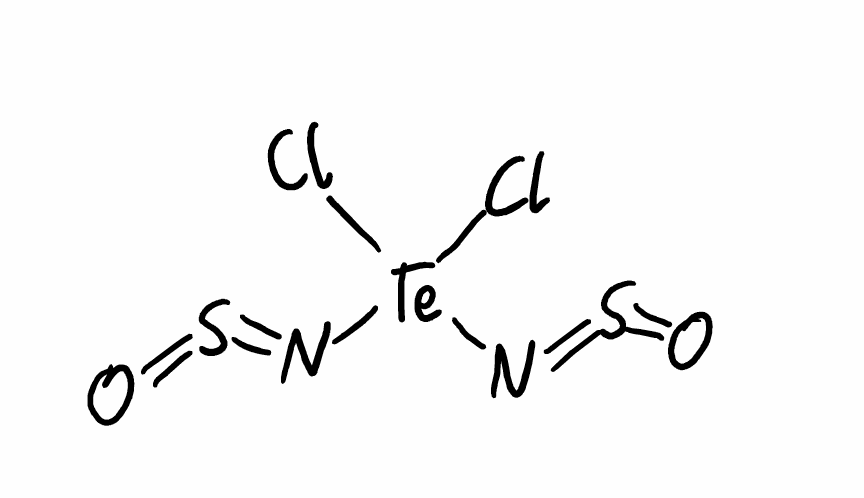
Simplified molecular-input line-entry system (SMILES) notation of the given molecule:
N(=S=O)[Te](N=S=O)(Cl)Cl